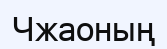
Чжаоның